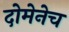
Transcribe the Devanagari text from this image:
दोमेनेच